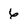
Character: 6